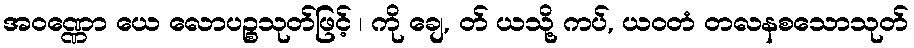
အဝဏ္ဏော ယေ လောပဉ္စသုတ်ဖြင့် ၊ ကို ချေ, တ် ယသို့ ကပ်, ယဝတံ တလနစသောသုတ်